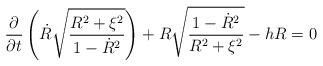
LaTeX: \begin{align*}\frac{\partial}{\partial t}\left( \dot{R} \sqrt{\frac{R^2 + \xi^2}{1 - \dot{R}^2}} \right)+ R \sqrt{\frac{1 - \dot{R}^2}{R^2 + \xi^2}} - h R = 0\end{align*}